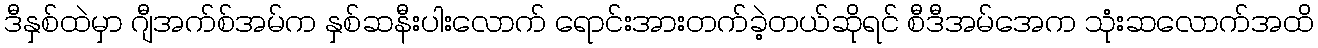
ဒီနှစ်ထဲမှာ ဂျီအက်စ်အမ်က နှစ်ဆနီးပါးလောက် ရောင်းအားတက်ခဲ့တယ်ဆိုရင် စီဒီအမ်အေက သုံးဆလောက်အထိ